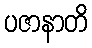
ပဇာနာတိ